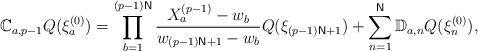
LaTeX: \begin{align*}\mathbb{C}_{a,p-1}Q(\xi _{a}^{(0)})=\prod_{b=1}^{(p-1)\mathsf{N}}\frac{X_{a}^{(p-1)}-w_{b}}{w_{(p-1)\mathsf{N}+1}-w_{b}}Q(\xi _{(p-1)\mathsf{N}+1})+\sum_{n=1}^{\mathsf{N}}\mathbb{D}_{a,n}Q(\xi _{n}^{(0)}),\end{align*}